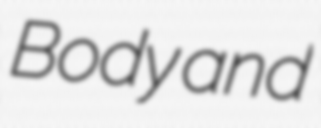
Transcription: Body and